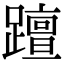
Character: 𨆁